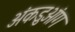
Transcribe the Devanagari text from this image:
अंकडुओंग